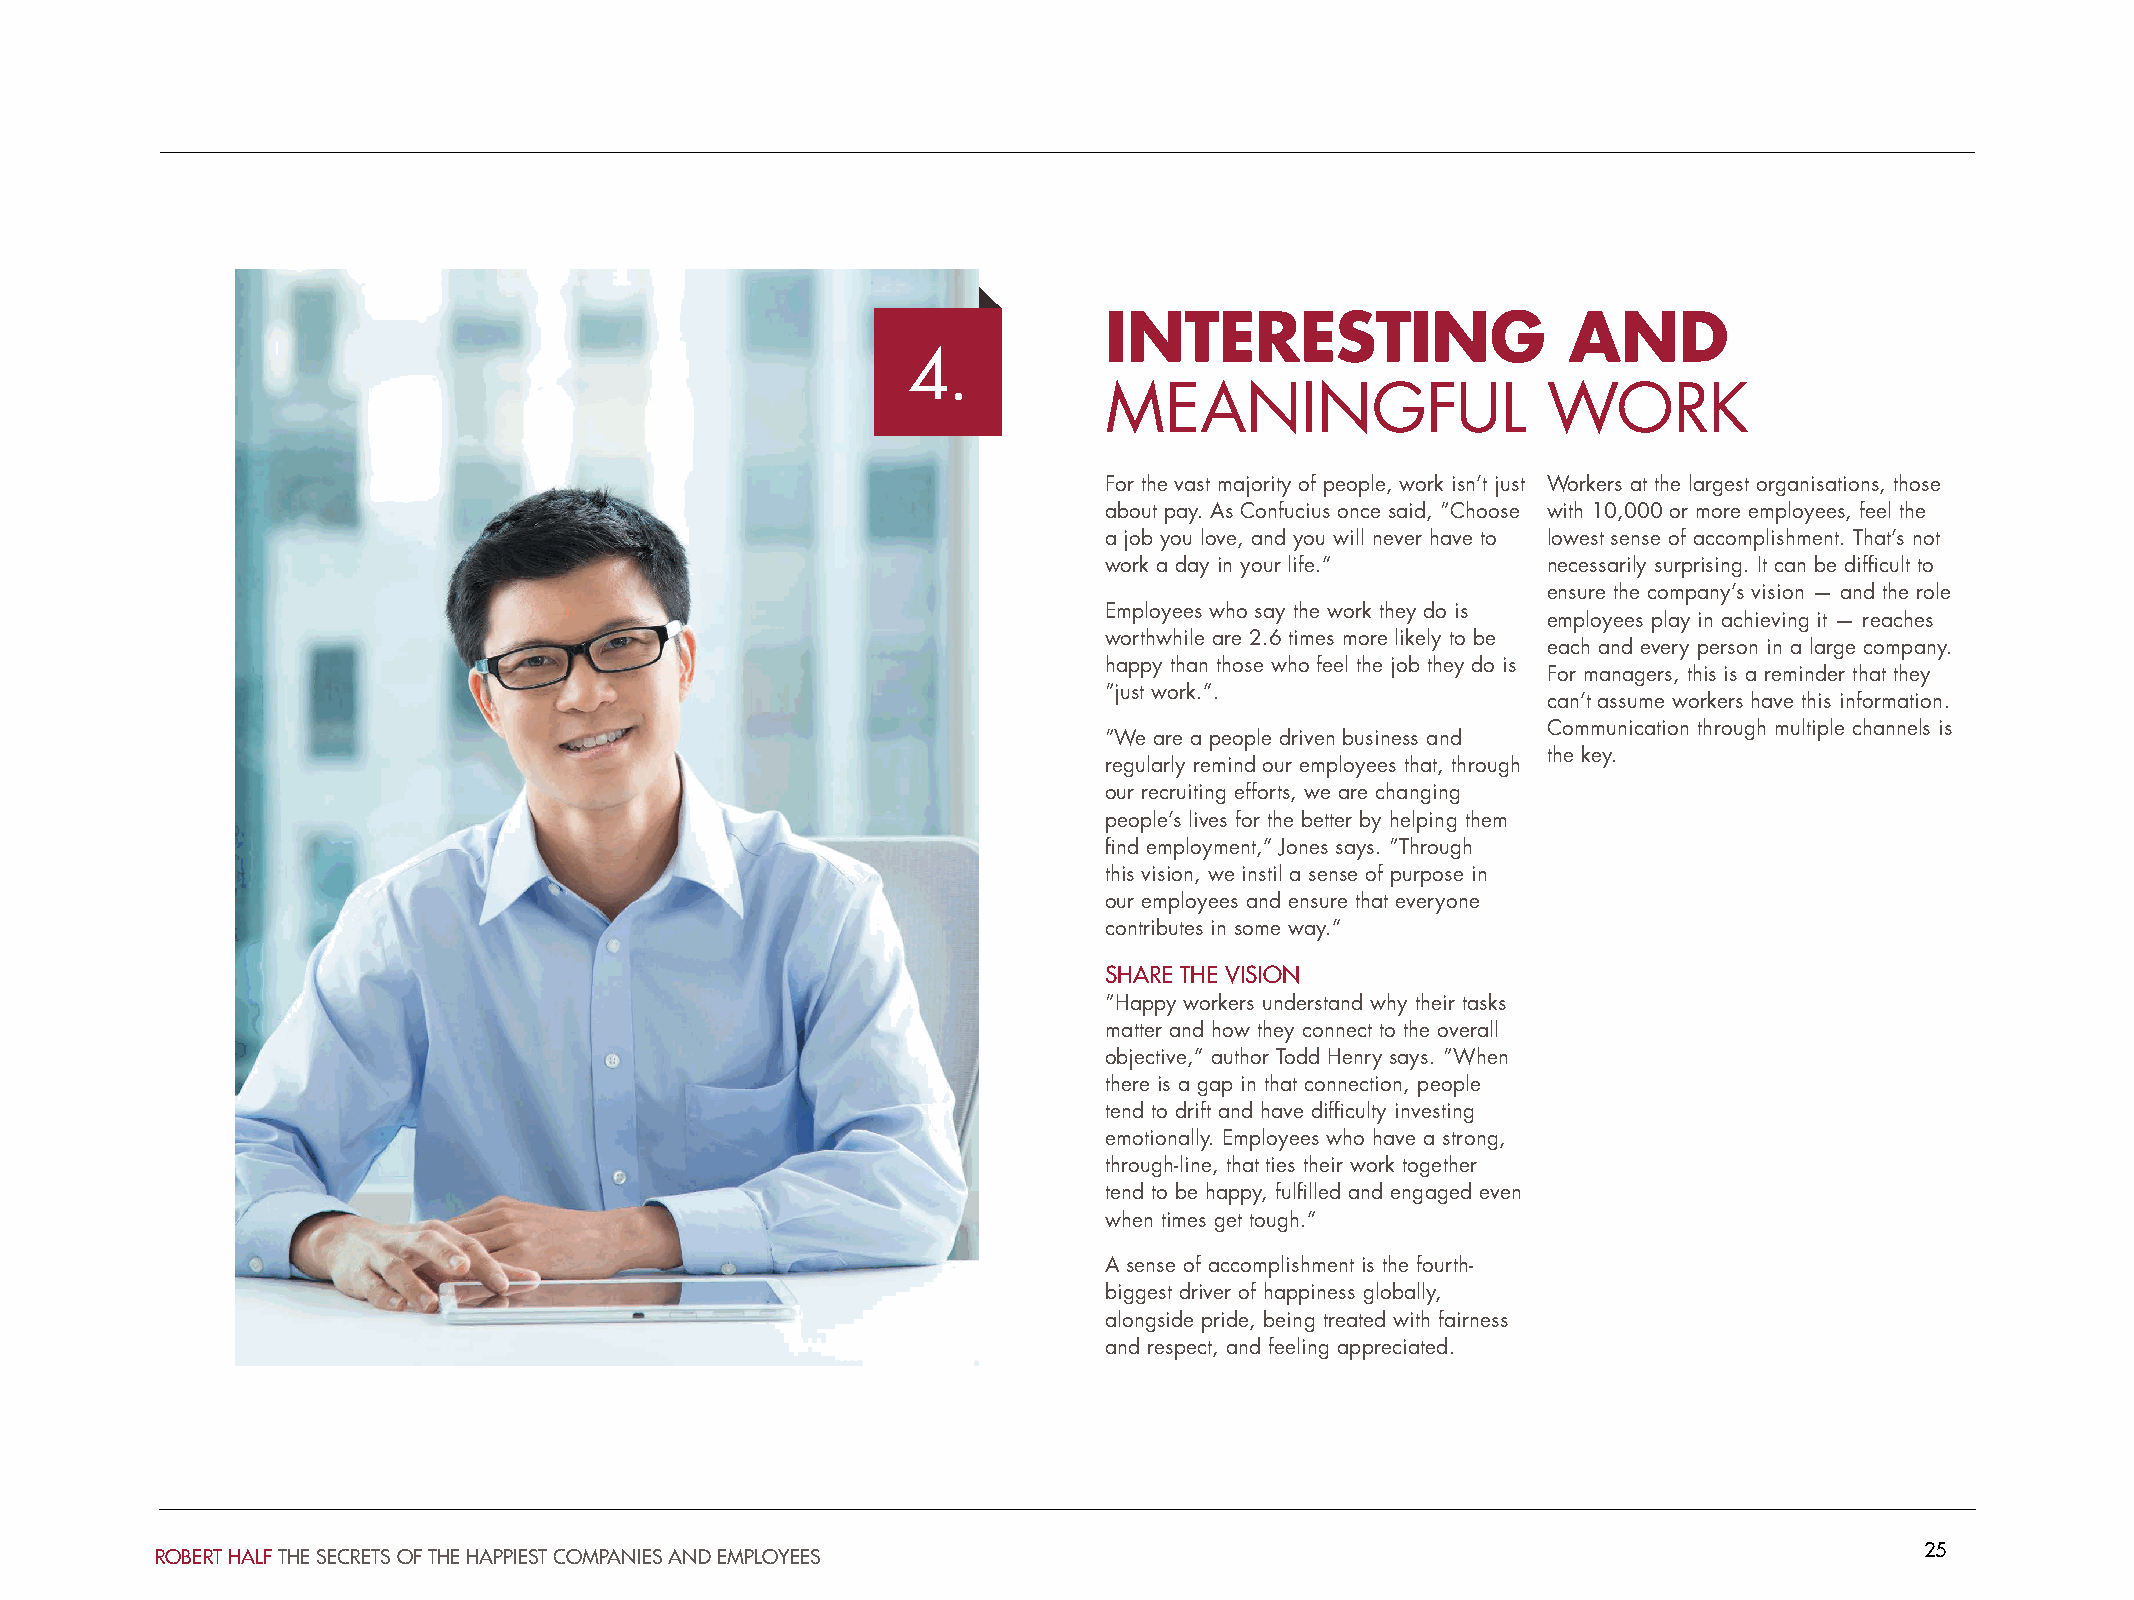
INTERESTING                    AND
 4.
 MEANINGFUL                   WORK
 For the vast majority of people, work isn’t just Workers at the largest organisations, those
 about pay. As Confucius once said, “Choose with 10,000 or more employees, feel the
 a job you love, and you will never have to lowest sense of accomplishment. That’s not
 work a day in your life.”    necessarily surprising. It can be difficult to
 ensure the company’s vision — and the role
 Employees who say the work they do is
 employees play in achieving it — reaches
 worthwhile are 2.6 times more likely to be
 each and every person in a large company.
 happy than those who feel the job they do is
 For managers, this is a reminder that they
 “just work.”.
 can’t assume workers have this information.
 Communication through multiple channels is
 “We are a people driven business and
 the key.
 regularly remind our employees that, through
 our recruiting efforts, we are changing
 people’s lives for the better by helping them
 find employment,” Jones says. “Through
 this vision, we instil a sense of purpose in
 our employees and ensure that everyone
 contributes in some way.”
 SHARE THE VISION
 “Happy workers understand why their tasks
 matter and how they connect to the overall
 objective,” author Todd Henry says. “When
 there is a gap in that connection, people
 tend to drift and have difficulty investing
 emotionally. Employees who have a strong,
 through-line, that ties their work together
 tend to be happy, fulfilled and engaged even
 when times get tough.”
 A sense of accomplishment is the fourth-
 biggest driver of happiness globally,
 alongside pride, being treated with fairness
 and respect, and feeling appreciated.
 25
 ROBERT HALF THE SECRETS OF THE HAPPIEST COMPANIES AND EMPLOYEES